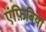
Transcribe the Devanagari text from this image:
एंफ़िबिया